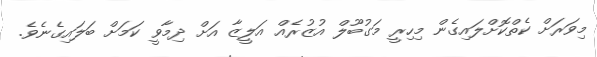
މިވަރަށް ކެތްކޮށްލައިގެން މިހިރީ މަގުބޫލް އުޒުރެއް އަލީޒާ އަށް ދިމާވީ ކަމަށް ބަލައިގެނެވެ.